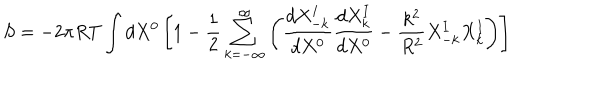
S = - 2 \pi R T \int d X ^ { 0 } \left[ 1 - { \frac { 1 } { 2 } } \sum _ { k = - \infty } ^ { \infty } \left( { \frac { d X _ { - k } ^ { I } } { d X ^ { 0 } } } { \frac { d X _ { k } ^ { I } } { d X ^ { 0 } } } - { \frac { k ^ { 2 } } { R ^ { 2 } } } X _ { - k } ^ { I } X _ { k } ^ { I } \right) \right]